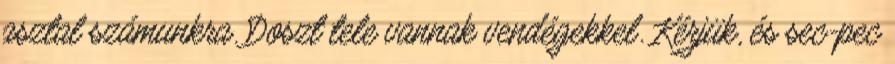
asztal számunkra. Doszt tele vannak vendégekkel. Kérjük, és sec-pec